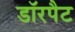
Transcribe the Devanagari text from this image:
डॉरपैट